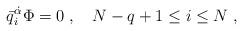
LaTeX: \begin{align*} \bar q_i^{\dot\alpha}\Phi=0\;, \quad N-q+1\leq i \leq N \;,\end{align*}